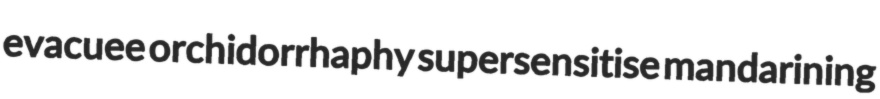
evacuee orchidorrhaphy supersensitise mandarining